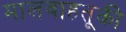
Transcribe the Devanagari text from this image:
मालवाहतूकी